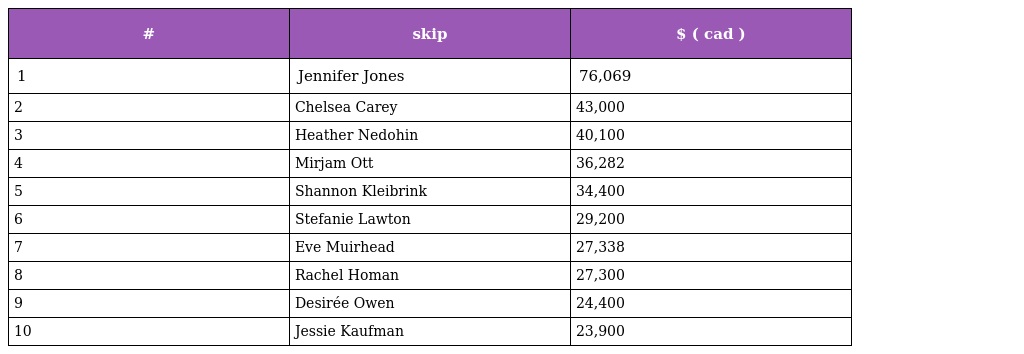
| # | skip | $ ( cad ) |
 | --- | --- | --- |
 | 1 | Jennifer Jones | 76,069 |
 | 2 | Chelsea Carey | 43,000 |
 | 3 | Heather Nedohin | 40,100 |
 | 4 | Mirjam Ott | 36,282 |
 | 5 | Shannon Kleibrink | 34,400 |
 | 6 | Stefanie Lawton | 29,200 |
 | 7 | Eve Muirhead | 27,338 |
 | 8 | Rachel Homan | 27,300 |
 | 9 | Desirée Owen | 24,400 |
 | 10 | Jessie Kaufman | 23,900 |